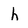
Character: h